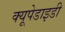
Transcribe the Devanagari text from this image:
क्यूपेडाइडी